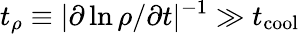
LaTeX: t_{\rho}\equiv|\partial\ln\rho/\partial t|^{-1}\gg t_{\mathrm{cool}}